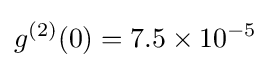
g^{(2)}(0)=7.5\times 10^{-5}